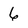
Character: 6